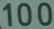
100